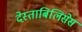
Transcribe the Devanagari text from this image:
देस्ताबिलिसेस